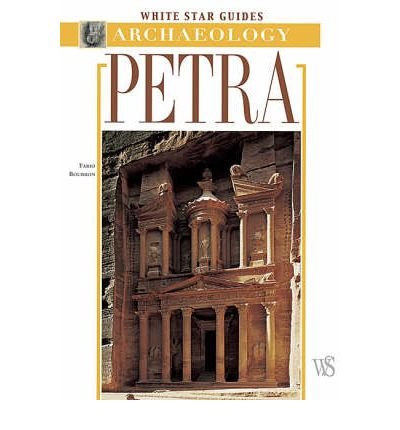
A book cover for Petra; Travel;